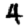
Digit: 4